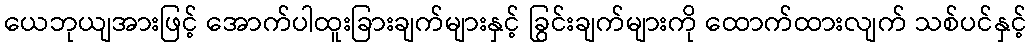
ယေဘုယျအားဖြင့် အောက်ပါထူးခြားချက်များနှင့် ခြွင်းချက်များကို ထောက်ထားလျက် သစ်ပင်နှင့်